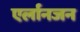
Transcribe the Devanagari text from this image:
एर्लानजन